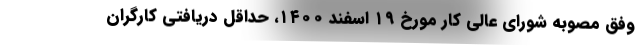
وفق مصوبه شورای عالی کار مورخ ۱۹ اسفند ۱۴۰۰، حداقل دریافتی کارگران